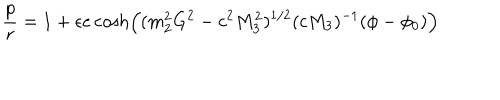
\frac { p } { r } = 1 + \epsilon e \cosh \left( ( m _ { 2 } ^ { 2 } G ^ { 2 } - c ^ { 2 } M _ { 3 } ^ { 2 } ) ^ { 1 / 2 } ( c M _ { 3 } ) ^ { - 1 } ( \phi - \phi _ { 0 } ) \right)